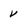
Character: V